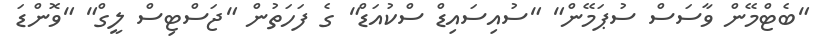
"ބެޓްމޭން ވާސަސް ސުޕަމޭން" "ސުއިސައިޑް ސްކުއަޑް" ގެ ފަހަތުން "ޖަސްޓިސް ލީގް" "ވޮންޑަ